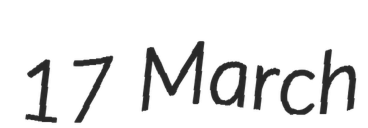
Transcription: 17 March